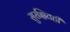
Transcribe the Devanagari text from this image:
सुरक्षितही